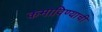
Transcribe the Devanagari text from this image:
कमाविण्याची